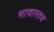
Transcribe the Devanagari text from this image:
भावास्तव